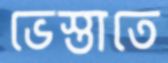
ভেস্তাতে